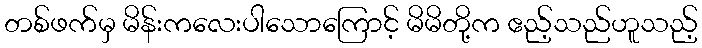
တစ်ဖက်မှ မိန်းကလေးပါသောကြောင့် မိမိတို့က ဧည့်သည်ဟူသည့်